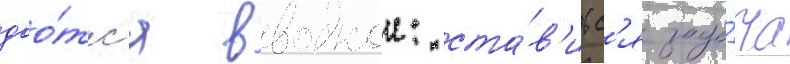
дао́тс'я вводнои: ста́в'итс'я зада́ча